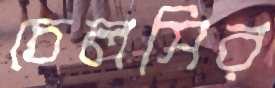
চেলসির